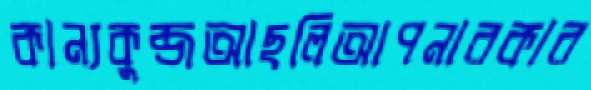
কান্যকুব্জআছলিআপনারকার